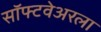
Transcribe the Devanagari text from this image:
सॉफ्टवेअरला